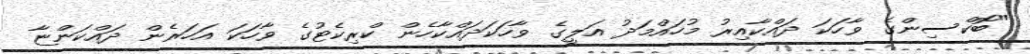
"ބޮކްސިންގެ ވާހަކަ ދައްކާއިރު މުހައްމަދު އަލީގެ ވާހަކަދައްކާހެން ކްރިކެޓުގެ ވާހަކަ އަހަރެން ދައްކަންޏާ